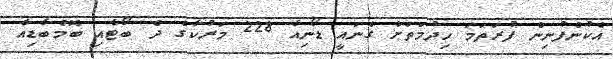
އެކުންފުނިން ފުރަތަމަ ހިދުމަތަށް ގެނައީ ޑޯނިއާ 228 މަރުކާގެ ދެ ބޯޓާއި ބޮމްބާޑިއާ